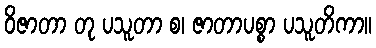
ဝိဇာတာ တု ပသူတာ စ၊ ဇာတာပစ္စာ ပသူတိကာ။